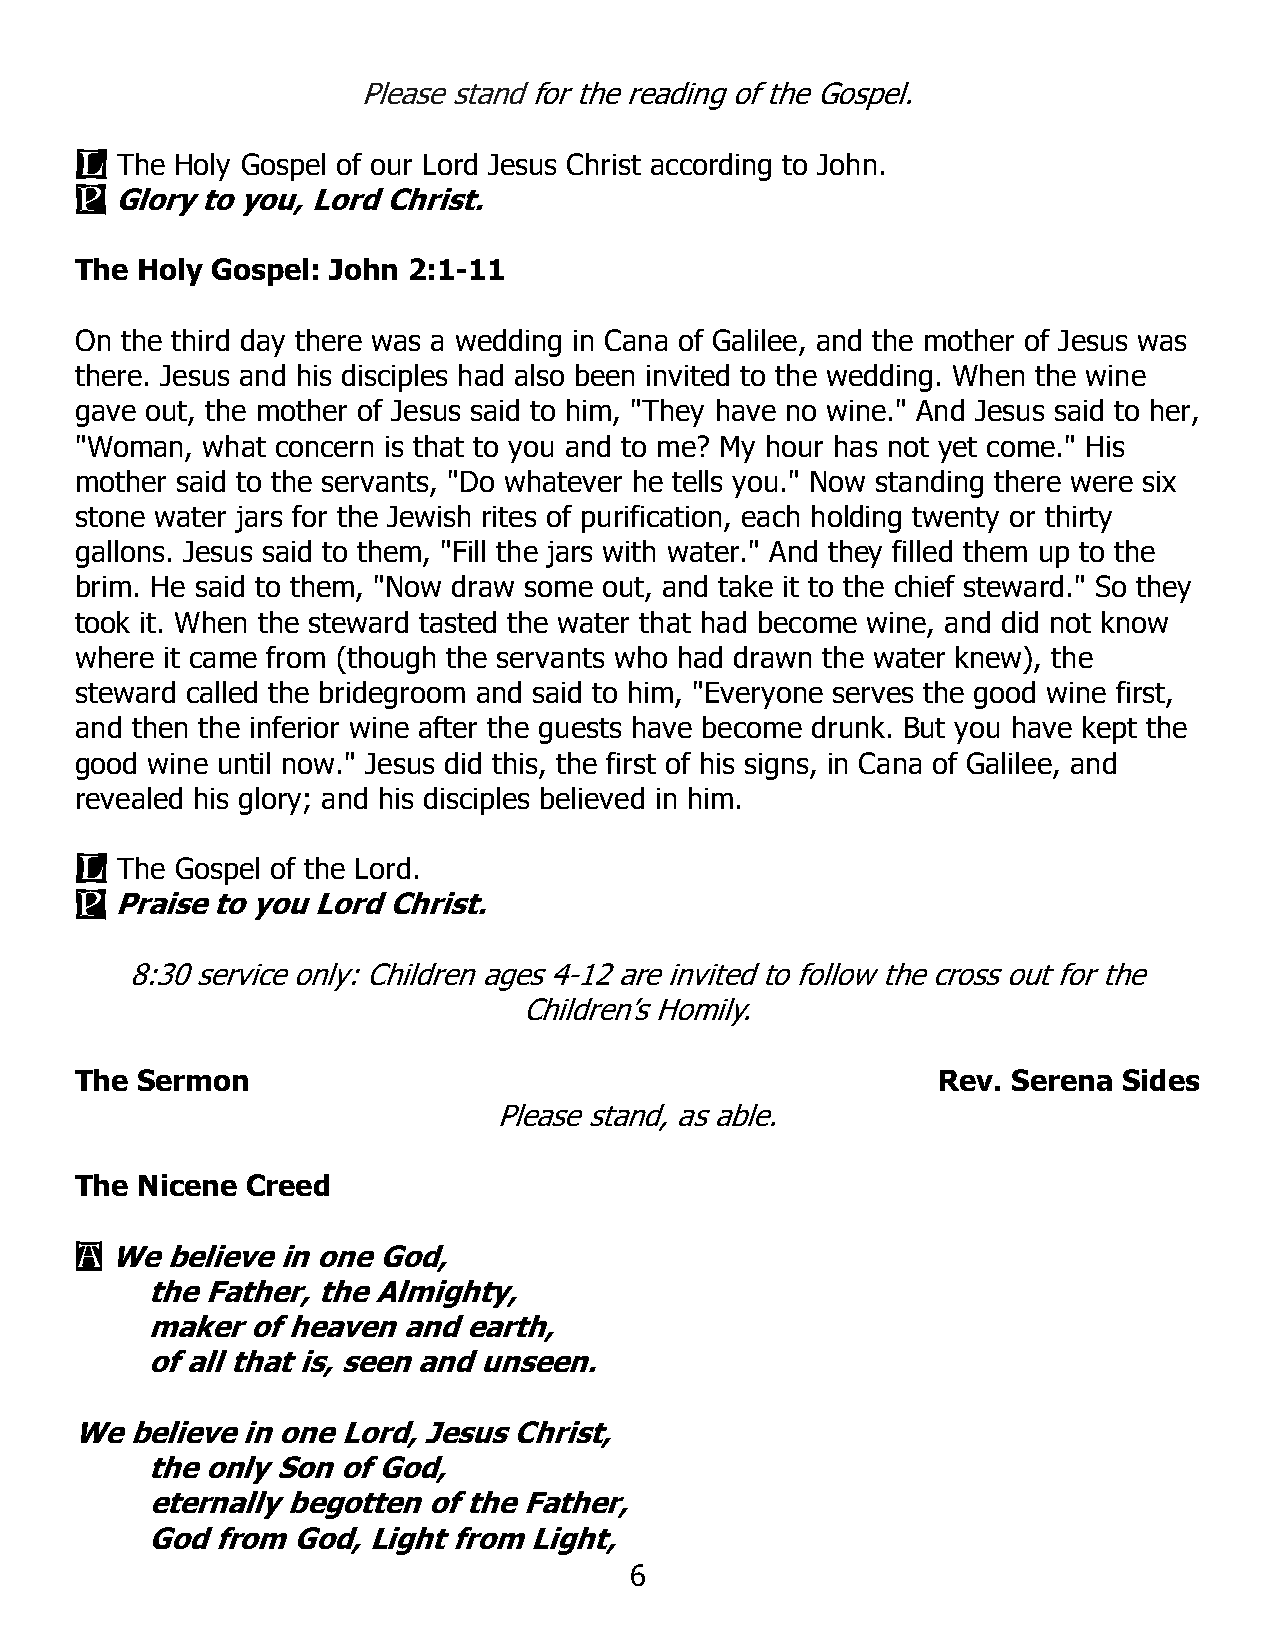
Please stand for the reading of the Gospel.
 L
 The Holy Gospel of our Lord Jesus Christ according to John.
 P
 Glory to you, Lord Christ.
 The Holy Gospel: John 2:1-11
 On the third day there was a wedding in Cana of Galilee, and the mother of Jesus was
 there. Jesus and his disciples had also been invited to the wedding. When the wine
 gave out, the mother of Jesus said to him, "They have no wine." And Jesus said to her,
 "Woman, what concern is that to you and to me? My hour has not yet come." His
 mother said to the servants, "Do whatever he tells you." Now standing there were six
 stone water jars for the Jewish rites of purification, each holding twenty or thirty
 gallons. Jesus said to them, "Fill the jars with water." And they filled them up to the
 brim. He said to them, "Now draw some out, and take it to the chief steward." So they
 took it. When the steward tasted the water that had become wine, and did not know
 where it came from (though the servants who had drawn the water knew), the
 steward called the bridegroom and said to him, "Everyone serves the good wine first,
 and then the inferior wine after the guests have become drunk. But you have kept the
 good wine until now." Jesus did this, the first of his signs, in Cana of Galilee, and
 revealed his glory; and his disciples believed in him.
 L
 The Gospel of the Lord.
 P
 Praise to you Lord Christ.
 8:30 service only: Children ages 4-12 are invited to follow the cross out for the
 Children’s Homily.
 The Sermon                                               Rev. Serena Sides
 Please stand, as able.
 The Nicene Creed
 A
 We  believe in one God,
 the Father, the Almighty,
 maker  of heaven and earth,
 of all that is, seen and unseen.
 We  believe in one Lord, Jesus Christ,
 the only Son of God,
 eternally begotten of the Father,
 God from God, Light from Light,
 6